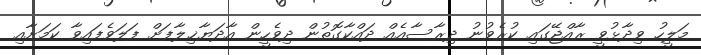
މަލީހު ވިދާޅުވީ ރާއްޖޭގައި ކުރެވުނު ދިރާސާއެއް ދައްކާގޮތުން ދިވެހީން އާދަޔާޚިލާފަށް ފަލަވެފައިވާ ކަމަށާއި